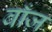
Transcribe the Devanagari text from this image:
बाँज़